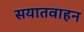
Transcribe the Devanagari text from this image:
सयातवाहन